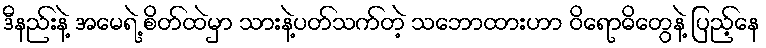
ဒီနည်းနဲ့ အမေရဲ့ စိတ်ထဲမှာ သားနဲ့ပတ်သက်တဲ့ သဘောထားဟာ ဝိရောဓိတွေနဲ့ ပြည့်နေ